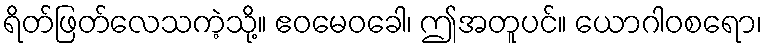
ရိတ်ဖြတ်လေသကဲ့သို့။ ဧဝမေဝခေါ၊ ဤအတူပင်။ ယောဂါဝစရော၊